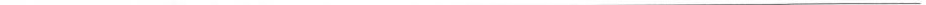
___